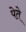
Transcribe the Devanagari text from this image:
पेते